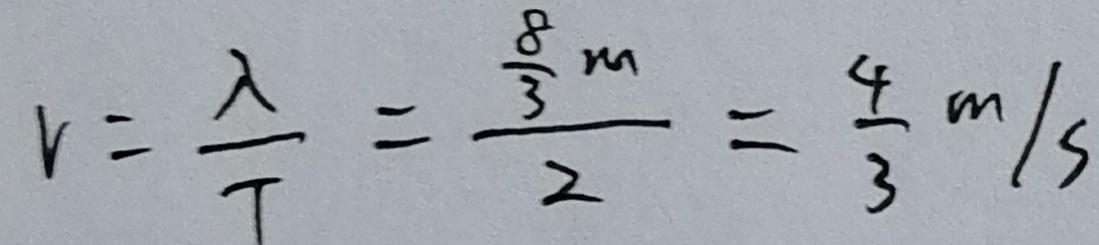
v = \frac { \lambda } { T } = \frac { \frac { 8 } { 3 } m } { 2 } = \frac { 4 } { 3 } m / s